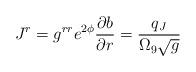
LaTeX: \begin{align*}J^r=g^{rr}e^{2\phi}{{\partial b}\over{\partial r}} =\frac{q_J}{\Omega_9\sqrt{g}}\end{align*}